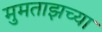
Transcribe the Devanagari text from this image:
मुमताझच्या